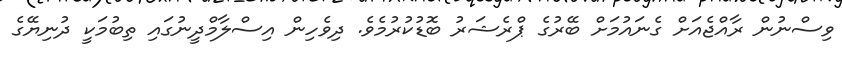
ވިސްނުން ރާއްޖެއަށް ގެނައުމަށް ބޭރުގެ ޕްރެޝަރު ބޮޑުކުރުމެވެ. ދިވެހިން އިސްލާމްދީނުގައި ތިބުމަކީ ދުނިޔޭގެ